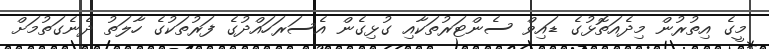
މީގެ އިތުރުން މިދެއަތޮޅުގެ ޑައިވް ސެންޓަރުތަކާއި ގުޅިގެން އެސަރަހައްދުގެ ފަރުތަކުގެ ހާލަތު ދެނެގަތުމަށް